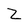
Character: Z